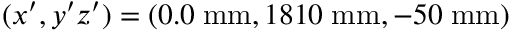
( x ^ { \prime } , y ^ { \prime } z ^ { \prime } ) = ( 0 . 0 \; \mathrm { m m } , 1 8 1 0 \; \mathrm { m m } , - 5 0 \; \mathrm { m m } )